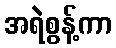
အရဲစွန့်ကာ